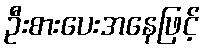
ဦးစားပေးအနေဖြင့်